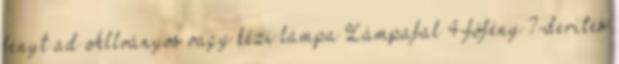
fényt ad Állványos vagy kézi lámpa Lámpafal 4-főfény 7-derítés